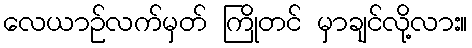
လေယာဉ်လက်မှတ် ကြိုတင် မှာချင်လို့လား။